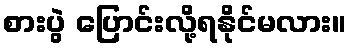
စားပွဲ ပြောင်းလို့ရနိုင်မလား။